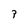
Character: 9